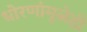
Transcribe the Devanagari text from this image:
धोरणांमुळेही